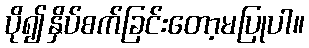
ပို၍နှိပ်စက်ခြင်းတော့မပြုပါ။